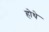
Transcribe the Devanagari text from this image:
होथे